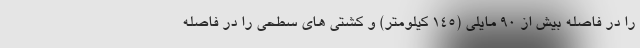
را در فاصله بیش از 90 مایلی (145 کیلومتر) و کشتی های سطحی را در فاصله